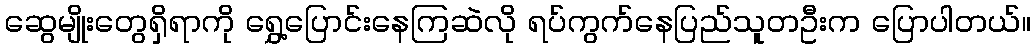
ဆွေမျိုးတွေရှိရာကို ရွှေ့ပြောင်းနေကြဆဲလို ရပ်ကွက်နေပြည်သူတဦးက ပြောပါတယ်။